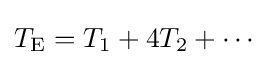
T_{\text{E}}=T_{1}+4T_{2}+\cdots